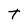
Character: T